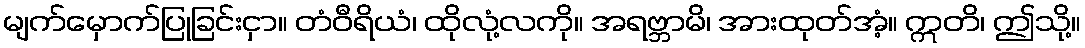
မျက်မှောက်ပြုခြင်းငှာ။ တံဝီရိယံ၊ ထိုလုံ့လကို။ အရဗ္ဘာမိ၊ အားထုတ်အံ့။ ဣတိ၊ ဤသို့။